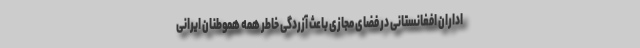
اداران افغانستانی در فضای مجازی باعث آزردگی خاطر همه هموطنان ایرانی